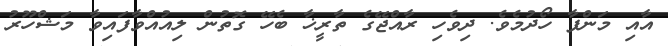
އާއި މަންފާ ހޯދުމެވެ. ދިވެހި ރާއްޖޭގެ ތާރީޚާ ބެހޭ ގޮތުން ލިއުއްވާފައިވާ މަޝްހޫރު